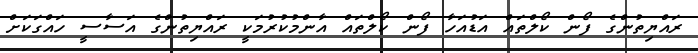
ރައްޔިތުންގެ ފޯން ކޯލްތައް އަޑުއަހާ ފޯން ކޯލްތައް އާންމުކުރުމަކީ ރައްޔިތުންގެ އަސާސީ ހައްގަކަށް